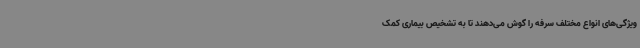
ویژگی‌های انواع مختلف سرفه را گوش می‌دهند تا به تشخیص بیماری کمک